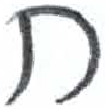
אות: ח